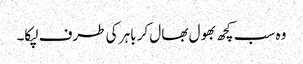
وہ سب کچھ بھول بھال کر باہر کی طرف لپکا۔